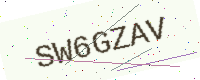
Text: SW6GZAV